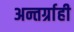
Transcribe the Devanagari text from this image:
अन्तर्ग्राही